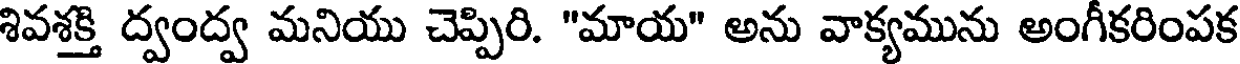
శివశక్తి ద్వంద్వ మనియు చెప్పిరి. "మాయ" అను వాక్యమును అంగీకరింపక